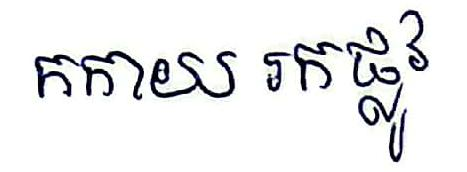
កកាយ រកផ្លូវ